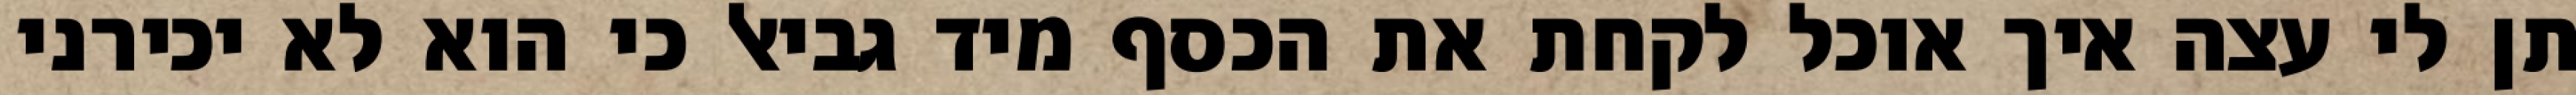
תן לי עצה איך אוכל לקחת את הכסף מיד גביאל כי הוא לא יכירני